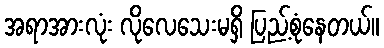
အရာအားလုံး လိုလေသေးမရှိ ပြည့်စုံနေတယ်။